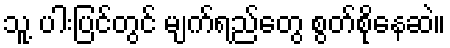
သူ့ ပါးပြင်တွင် မျက်ရည်တွေ စွတ်စိုနေဆဲ။